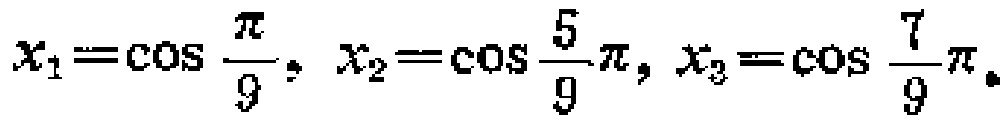
$x_{1}=\cos \frac{\pi}{9},\ x_{2}=\cos \frac{5}{9}\pi,\ x_{3}=\cos \frac{7}{9}\pi 。$